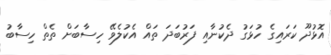
އޮޅުދޫ ކަރައިގެ ހުޅަގު ދެކުނާއި ފަރުބަދަ ތައް އެކުލެވޭ ހިސާބަށް ތެތް ހިސާބު